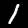
Digit: 1